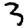
Digit: 3